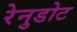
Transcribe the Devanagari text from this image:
रेनुडोट